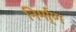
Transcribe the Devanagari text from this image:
निर्मा्ण